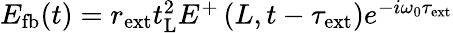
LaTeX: \begin{array}{r}{E_{\mathrm{fb}}(t)=r_{\mathrm{ext}}t_{\mathrm{L}}^{2}E^{+}\left(L,t-\tau_{\mathrm{ext}}\right)e^{-i\omega_{0}\tau_{\mathrm{ext}}}}\end{array}